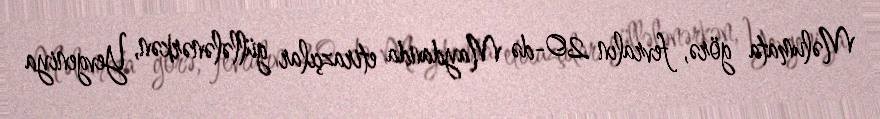
Məlumata görə, fevralın 20-də Maydanda etirazçılar güllələnərkən, Yevgeniya